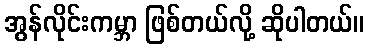
အွန်လိုင်းကမ္ဘာ ဖြစ်တယ်လို့ ဆိုပါတယ်။